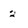
Character: 2